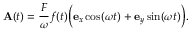
\mathbf { A } ( t ) = \frac { F } { \omega } f ( t ) \Big ( \mathbf { e } _ { x } \cos ( \omega t ) + \mathbf { e } _ { y } \sin ( \omega t ) \Big ) .